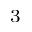
^ 3